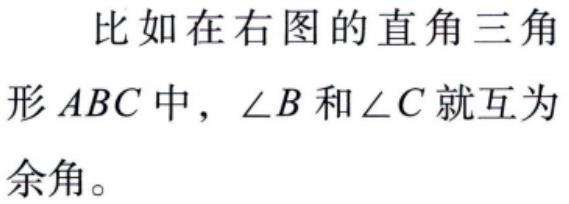
比如在右图的直角三角形$ABC$中，$\angle B$和$\angle C$就互为余角。